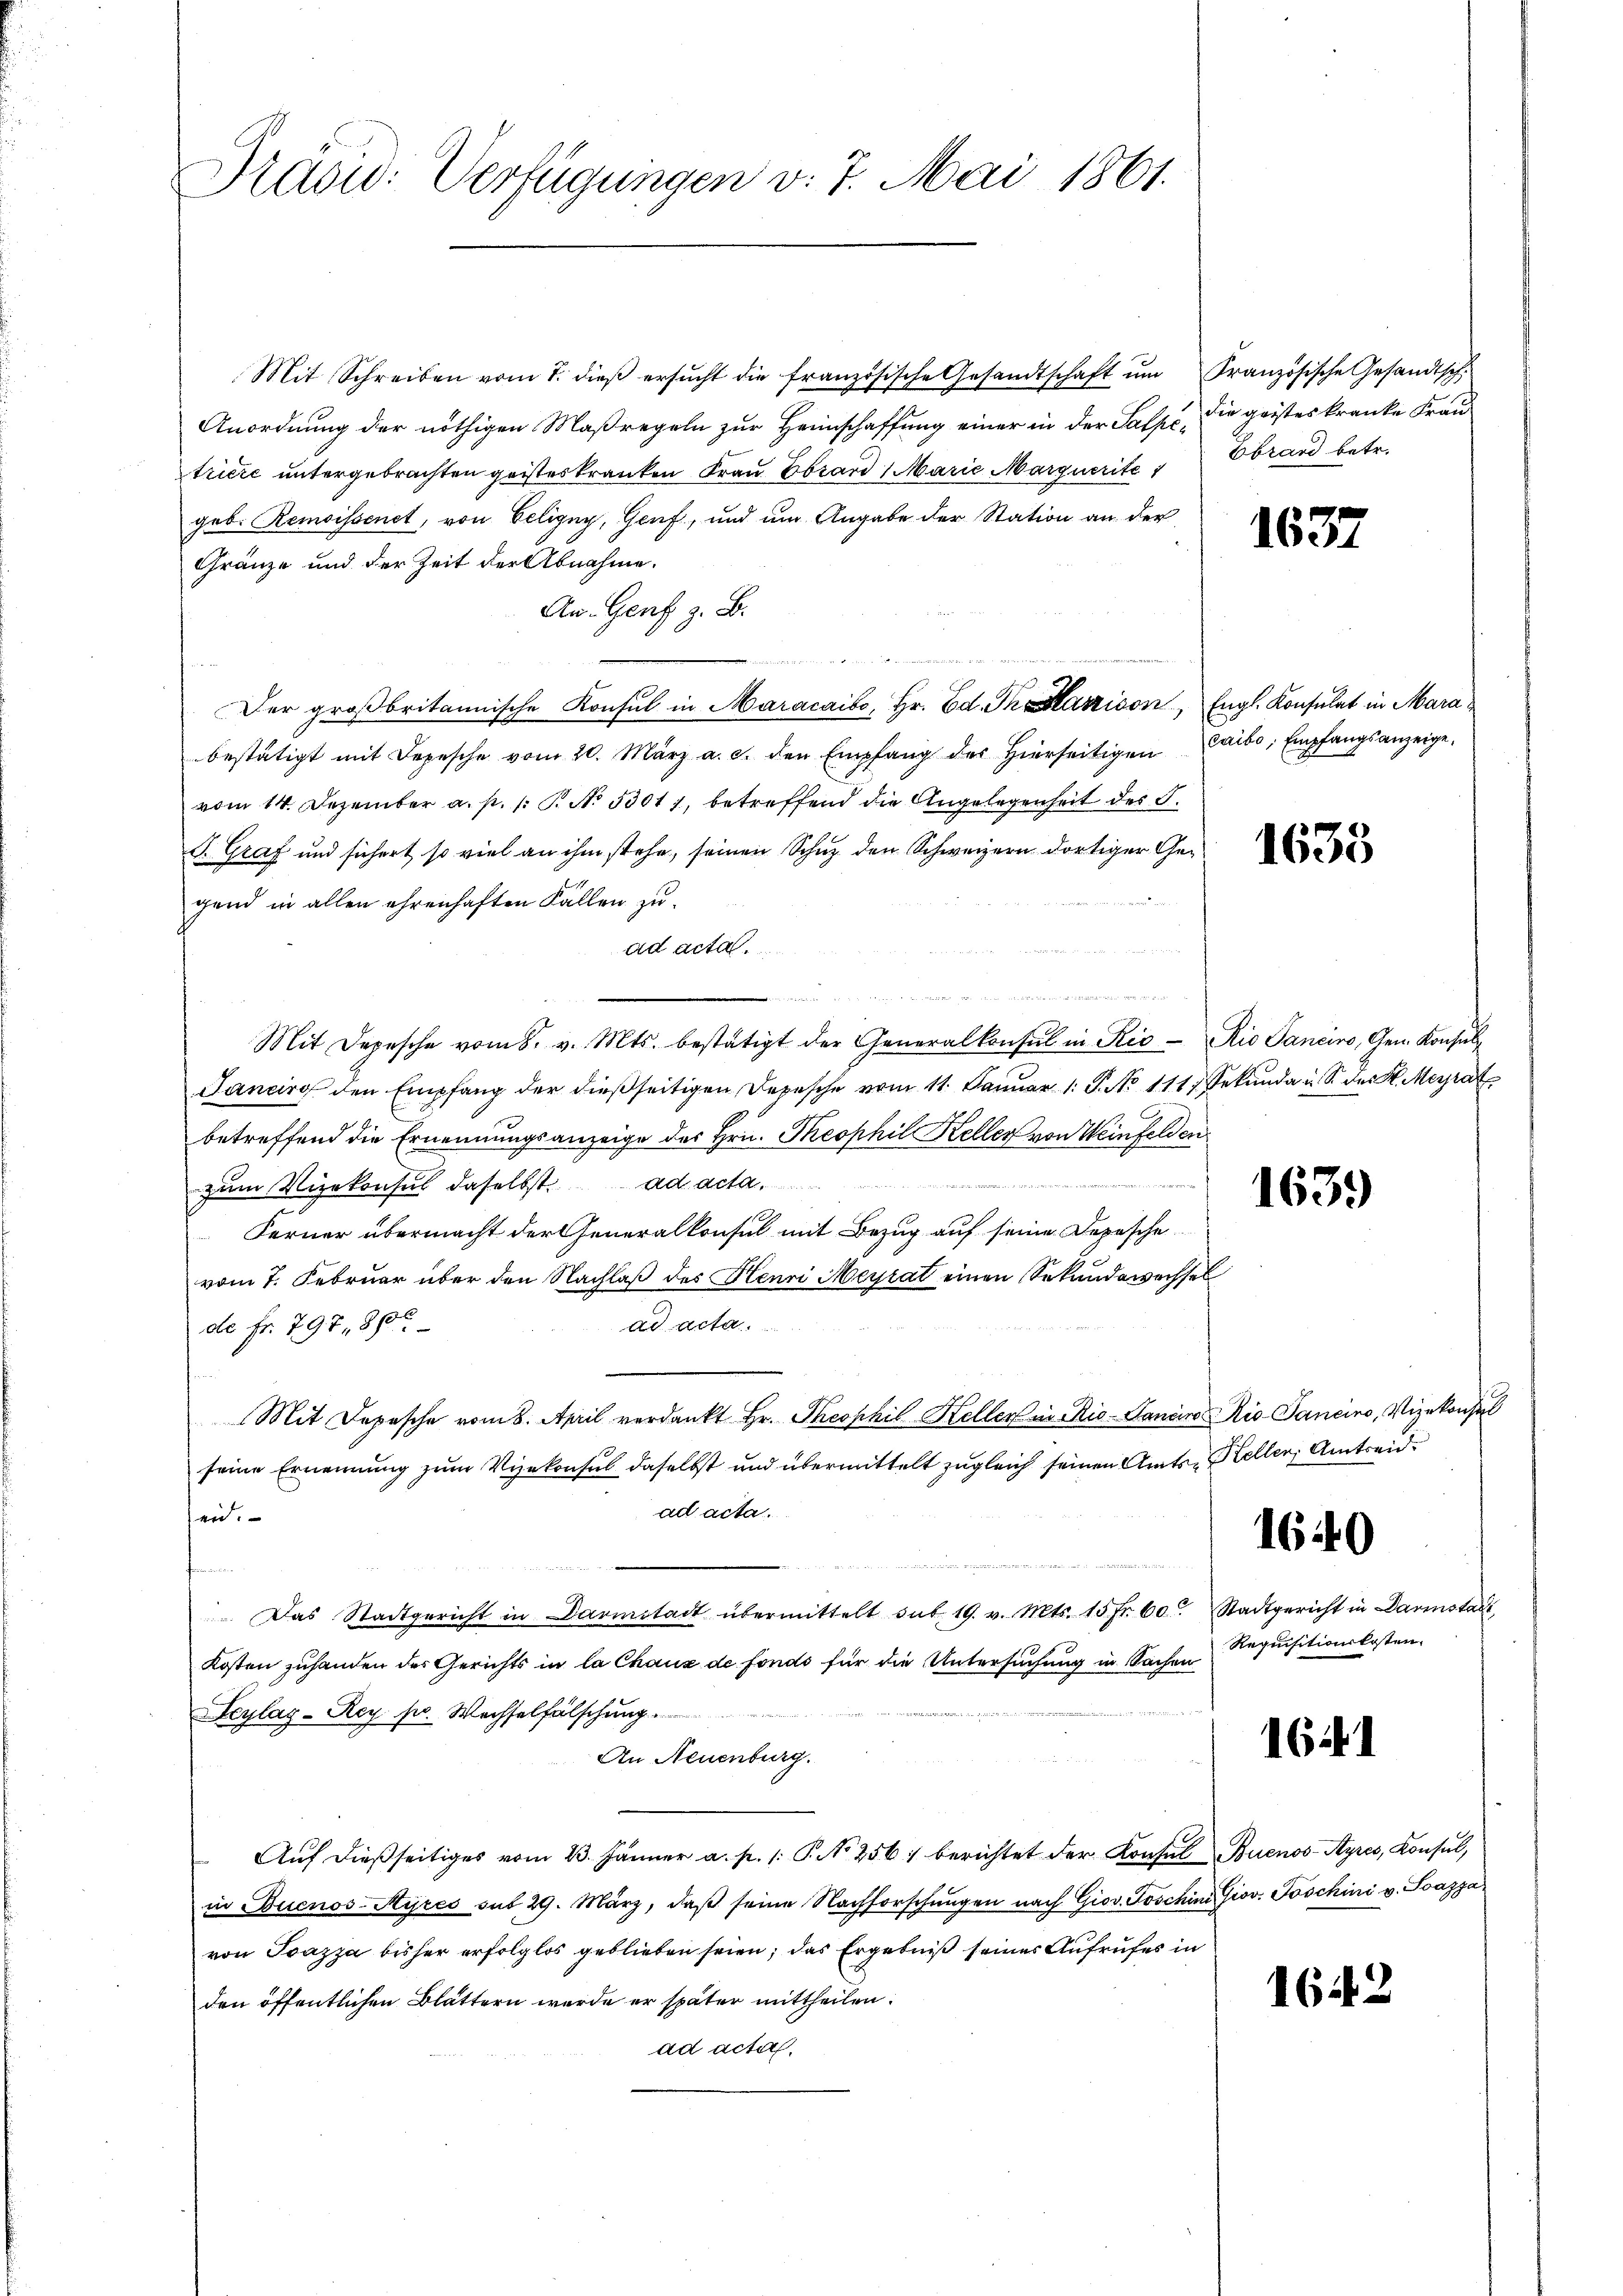
Präsid. Verfügungen v. 7. Mai 1861.

Mit Schreiben vom 7. dieβ ersŭcht die französische Gesandtschaft ŭm Französische Gesandtsch.
Anordnung der nöthigen Maßregeln zur Heimschaffung einer in der Salpe, die geisteskranke Frau
triere untergebrachten geisteskranken Frau Ebrand Marie Marquerite Obrand betr.
geb. Remoissenet, von Eeligny, Genf, und um Angabe der Station an der
Gränze und der Zeit der Abnahme.
Aw. Genf z. B.

Der großbritannische Konsul in Maracaibo, Hr. Ed. Dr Harzison, Engl. Konsulat in Marabestätigt mit Depesche vom 20. März a. c. den Empfang des hierseitigen
vom 14. Dezember a. p. /: P. No. 53017, betreffend die Angelegenheit des S.
S. Graf und sichert, so viel an ihm stehe, seinen Schuz den Schweizern dortiger Gegend in allen ehrenhaften Fällen zu
ad acta.
n
und
Mit Depesche vom 8. v. Mts. bestätigt der Generalkonsul in Rio Rio Sanciro, Gen. Konsŭl-
Jancire den Empfang der dießseitigen Depesche vom 11. Janŭar 1. P. No 111. Sekŭnda u. S. des H. Meyrat
betreffend die Ernennungsanzeige des Hrn. Theophil Keller von Weinfelden
zum Vizekonsul daselbst. ad acta.
Ferner übermacht der Generalkonsul mit Bezug auf seine Depesche
vom 7. Februar über den Nachlaß des Henri Meyrat einen Sekundawechsel
ad acta
de fr. 797, 880
Mit Depesche vom 8. April verdankt Hr. Theophil Keller in Rio Sanaro Rio Sancino, Vizekonsul
seine Ernennung zum Vizekonsul daselbst und übermittelt zugleich seinen Amts Keller, Amtreidad acta.
en.

Das Stadtgericht in Darmstadt übermittelt sub. 19. v. Mts. 15 fr. 60. Stadtgericht in Darmstadt
Kosten zuhanden der Gerichts in la Chaux de fonds für die Untersuchung in Sachen
Feylags-Rey pr. Wechselfälschung.
An Neuenburg.
Aŭf dießseitiges vom 23. Jänner a. p. 1. P. No 256 : berichtet der Konsul Buenos-Ayres, Konsul,
in Buenos-Ayres ont 29. März, daβ seine Nachforschŭngen nach Giov. Joschini Giov. Poschini v. Soazza
von Ioazza bisher erfolglos geblieben seien; das Ergebniß seines Aufrufes in
den öffentlichen Blättern werde er später mittheilen.
ad acta.

1637

caibo, Empfangsanzeige.

1639

1640

Requisitionskosten.

1641

1642